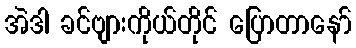
အဲဒါ ခင်ဗျားကိုယ်တိုင် ပြောတာနော်